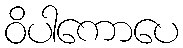
ဝိပါကောပေ